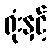
ရုံးနှင့်